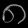
Digit: ၈